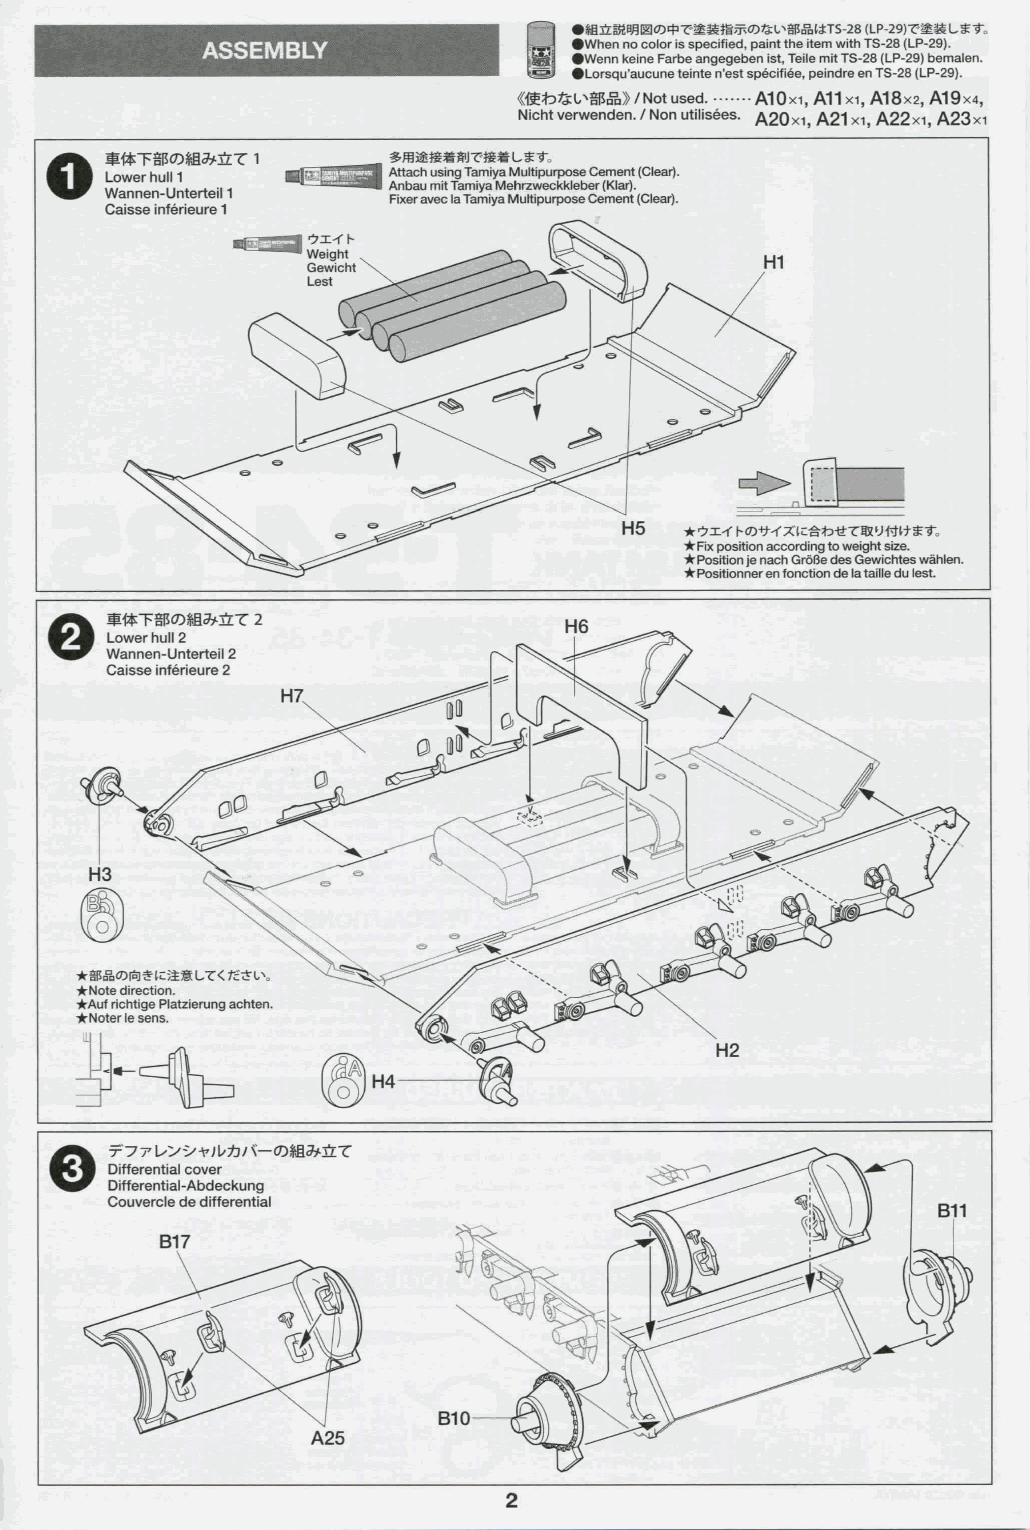
ASSEMBLY                 •When no color Is specified, paint the item with TS-28 (LP-29).
 •Wenn keine Farbe angegeben ist, Teile mit TS-28 (LP-29) bemalen.
 •Lorsqu'aucune teinte n'est spécifiée, peindre en TS-28 (LP-29).
 «ffito^U^SPS» /Not used. AlOxf, A11 XI, A18x2, A19x4,
 Nicht verwenden./Non utilisées. A20xi, A21xi, A22xi, A23xi
 Lower hull 1       Attach using Tamiya Multipurpose Cement (Clear).
 Anbau mit Tamiya Mehrzweckkieber (Klar).
 Wannen-Unterteil 1 Fixer avec la Tamiya Multipurpose Cement (Clear).
 Caisse inférieure 1
 •A-Fix position according to weight size.
 • Position je nach GrbBe des Gewichtes wáhien.
 • Positionnerenfonction de latailledu lest.
 Lower hull 2
 Wannen-Unterteil 2 •
 Caisse inférieure 2 i
 e   Differential cover
 Differential-Abdeckung
 Couvercle de differential
 B17
 810
 A25
 2